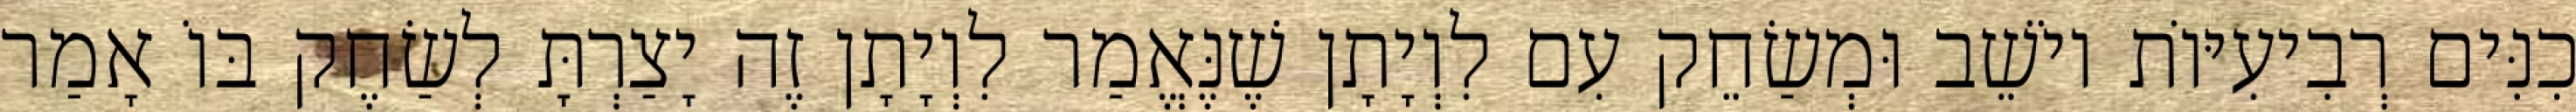
כִנִּים רְבִיעִיּוֹת יוֹשֵׁב וּמְשַׂחֵק עִם לִוְיָתָן שֶׁנֶּאֱמַר לִוְיָתָן זֶה יָצַרְתָּ לְשַׂחֶק בּוֹ אָמַר